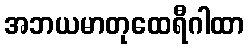
အဘယမာတုထေရီဂါထာ